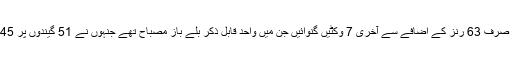
پاکستان نے صرف 63 رنز کے اضافے سے آخری 7 وکٹیں گنوائیں جن میں واحد قابل ذکر بلے باز مصباح تھے جنہوں نے 51 گیندوں پر 45 رنز بنائے۔